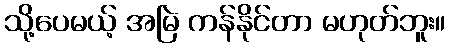
သို့ပေမယ့် အမြဲ ကန်နိုင်တာ မဟုတ်ဘူး။